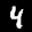
Label: 4